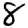
Digit: 8